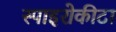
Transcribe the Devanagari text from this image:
स्पाइरोकीटा